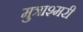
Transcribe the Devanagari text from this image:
मुत्राश्मरी